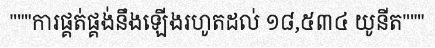
"""ការផ្គត់ផ្គង់នឹងឡើងរហូតដល់ ១៨,៥៣៤ យូនីត"""